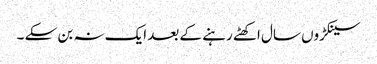
سینکڑوں سال اکھٹے رہنے کے بعد ایک نہ بن سکے ۔